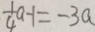
\frac { 1 } { 4 } a - 1 = - 3 a